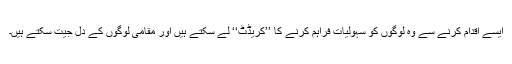
ایسے اقدام کرنے سے وہ لوگوں کو سہولیات فراہم کرنے کا ’’کریڈٹ‘‘ لے سکتے ہیں اور مقامی لوگوں کے دل جیت سکتے ہیں۔